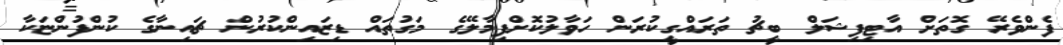
ފެންވެރޭ ގޮތަށް އާޓިފިޝަލް ބީޗު ތަރައްގީކުރަން ހަވާލުކޮށްފިމާލޭގެ މަގުތައް ޑިޒައިންކުރުން ޗައިނާގެ ކުންފުންޏަކާ